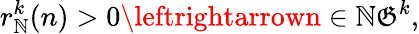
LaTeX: r_{\mathbb{N}}^{k}(n)>0\leftrightarrown\in\mathbb{N}{\mathfrak{{G}}}^{k},